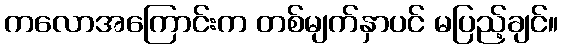
ကလောအကြောင်းက တစ်မျက်နှာပင် မပြည့်ချင်။